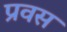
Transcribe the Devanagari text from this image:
प्रवस